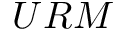
U R M